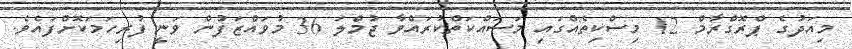
މިއަދުގެ ޕްރޮގްރާމް 12 މިސްކިތެއްގައި މަސައްކަތްކުރައްވާ ޖުމްލަ 36 މުވައްޒަފުން ވަނީ ފުރިހަމަކޮށްފައެވެ.